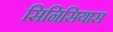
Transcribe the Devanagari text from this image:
सिनिसियास